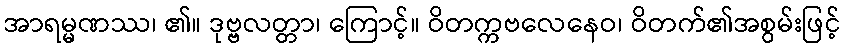
အာရမ္မဏဿ၊ ၏။ ဒုဗ္ဗလတ္တာ၊ ကြောင့်။ ဝိတက္ကဗလေနေဝ၊ ဝိတက်၏အစွမ်းဖြင့်